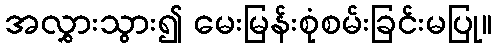
အလွှားသွား၍ မေးမြန်းစုံစမ်းခြင်းမပြု။